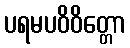
ပရမပဝိဝိတ္တော